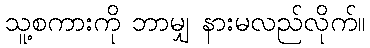
သူ့စကားကို ဘာမျှ နားမလည်လိုက်။